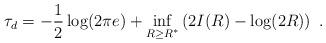
LaTeX: \begin{align*}\tau_d = - \frac{1}{2} \log (2 \pi e) + \inf_{R \ge R^*} \left( 2 I(R) - \log (2 R) \right)~.\end{align*}